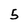
Character: 5